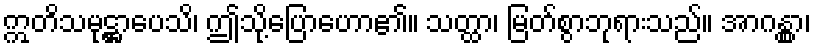
ဣတိသမုဋ္ဌာပေသိ၊ ဤသို့ပြောဟော၏။ သတ္ထာ၊ မြတ်စွာဘုရားသည်။ အာဂန္တွာ၊